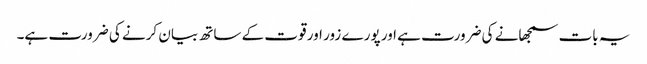
یہ بات سمجھانے کی ضرورت ہے اور پورے زور اور قوت کے ساتھ بیان کرنے کی ضرورت ہے۔